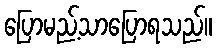
ပြောမည့်သာပြောရသည်။